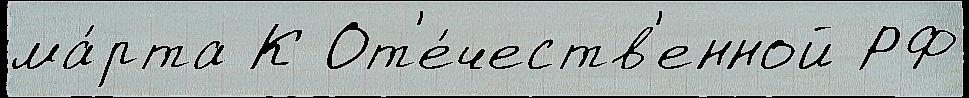
ма́рта К От'е́честв'енной РФ